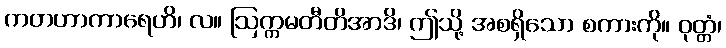
ကတဟာကာရေဟိ၊ လ။ ဩက္ကမတီတိအာဒိ၊ ဤသို့ အစရှိသော စကားကို။ ဝုတ္တံ၊